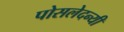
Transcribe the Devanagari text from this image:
पोसलेदन्यी